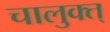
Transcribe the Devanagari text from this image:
चालुक्त्